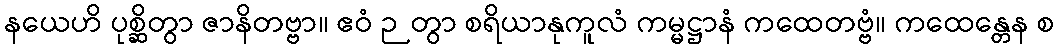
နယေဟိ ပုစ္ဆိတွာ ဇာနိတဗ္ဗာ။ ဧဝံ ဉတွာ စရိယာနုကူလံ ကမ္မဋ္ဌာနံ ကထေတဗ္ဗံ။ ကထေန္တေန စ